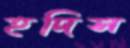
হদিস